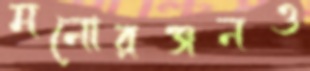
মনোরঞ্জনও